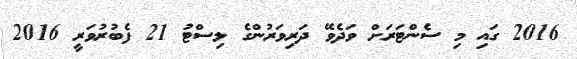
2016 ގައި މި ސެންޓަރަށް ވަދެވޭ ދަރިވަރުންގެ ލިސްޓު 21 ފެބުރުވަރީ 2016